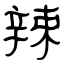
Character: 辣